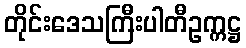
တိုင်းဒေသကြီးပါတီဥက္ကဋ္ဌ